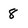
Character: 8